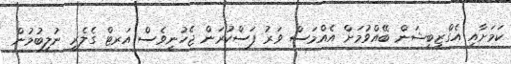
ކަމަށާއި އެގްޒިބިޝަން ބޭއްވުމަށް އެއްމަސް ވަރު ފަސްކުރަން ޖެހުނީވެސް އަރޓް ގެލެރީ ނުލިބުމުން